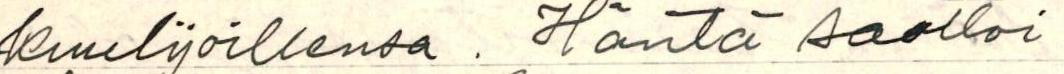
kuulijoillensa . Häntä saattoi